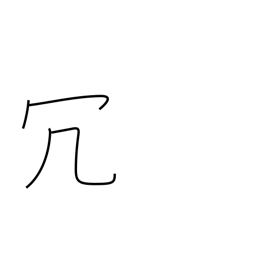
Meaning: superfluous